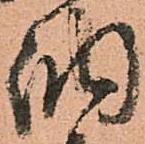
納